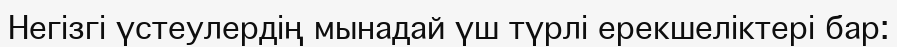
Негізгі үстеулердің мынадай үш түрлі ерекшеліктері бар: